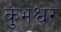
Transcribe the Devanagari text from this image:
कुंभेश्वर